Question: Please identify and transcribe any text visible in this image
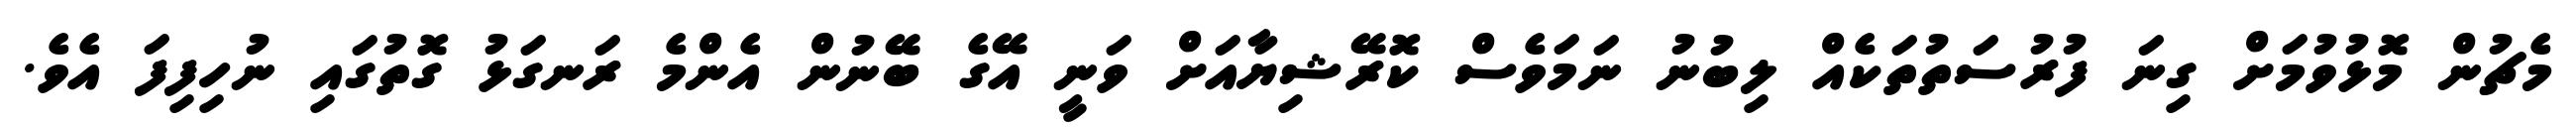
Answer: މެޗުން މޮޅުވުމަށް ގިނަ ފުރުސަތުތަކެއް ލިބުނު ނަމަވެސް ކޮރޭޝިޔާއަށް ވަނީ އޭގެ ބޭނުން އެންމެ ރަނގަޅު ގޮތުގައި ނުހިފިފަ އެވެ.